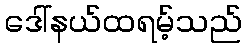
ဒေါ်နယ်ထရမ့်သည်